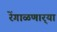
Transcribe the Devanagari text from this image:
रेंगाळणार्‍या